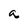
Character: a